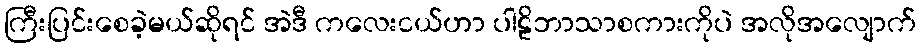
ကြီးပြင်းစေခဲ့မယ်ဆိုရင် အဲဒီ ကလေးငယ်ဟာ ပါဠိဘာသာစကားကိုပဲ အလိုအလျောက်